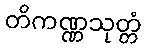
တိကဏ္ဏသုတ္တံ